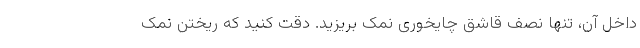
داخل آن، تنها نصف قاشق چایخوری نمک بریزید. دقت کنید که ریختن نمک